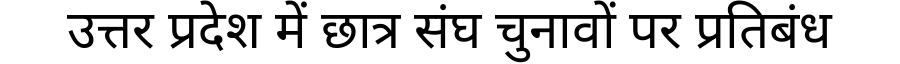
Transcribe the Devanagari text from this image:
उत्तर प्रदेश में छात्र संघ चुनावों पर प्रतिबंध